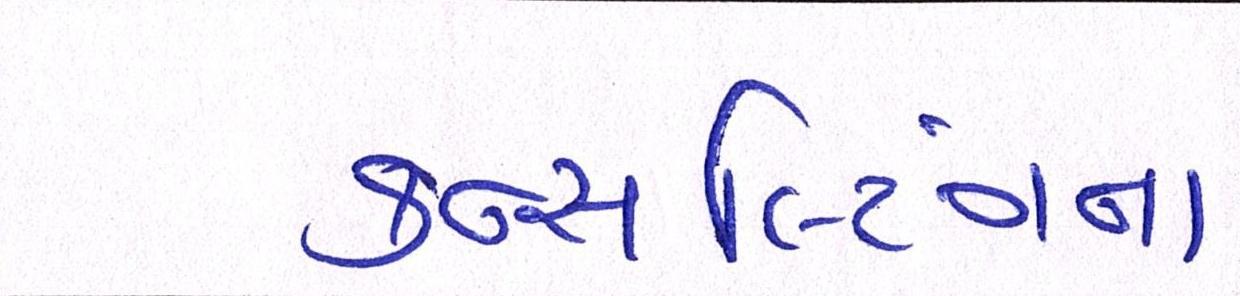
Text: કન્સલ્ટિંગના